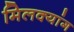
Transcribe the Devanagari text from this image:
मिलक्यांग